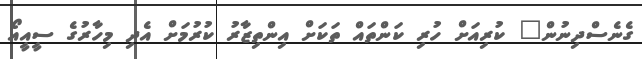
ގެނެސްދިނުން" ކުރިއަށް ހުރި ކަންތައް ތަކަށް އިންތިޒާރު ކުރުމަށް އެދި މިހާރުގެ ސީއީއޯ